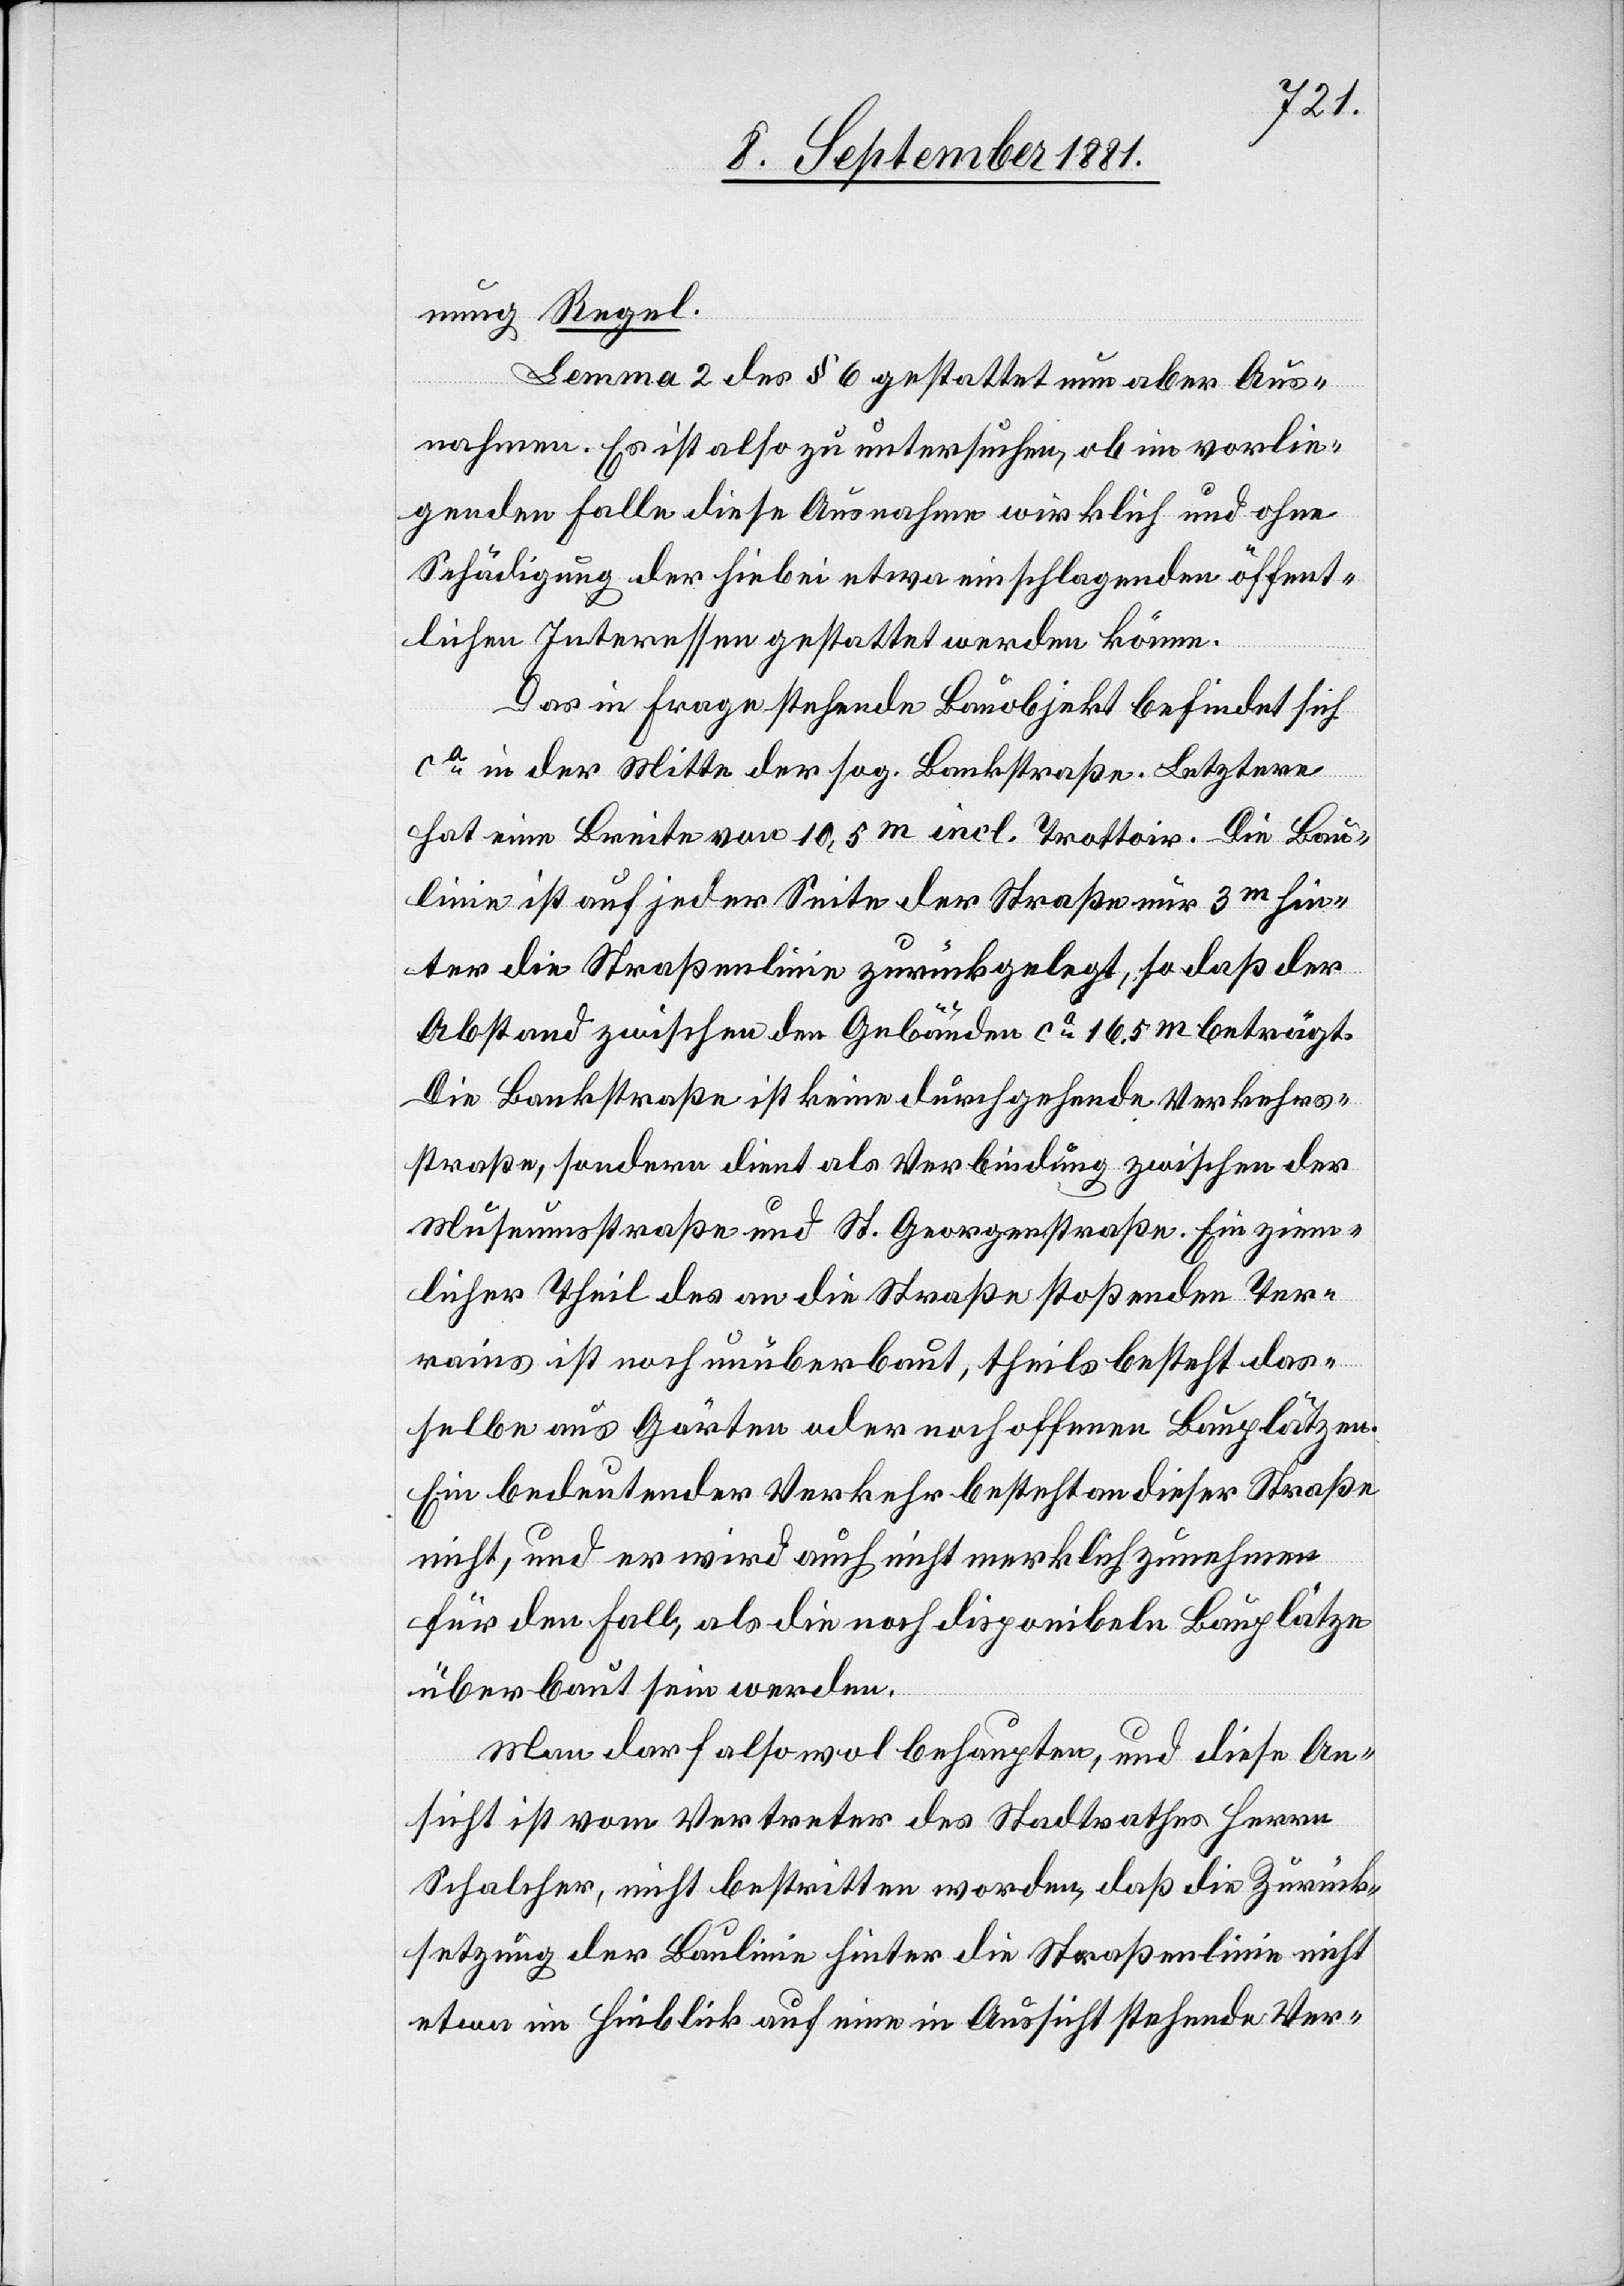
nung Regel.
Lemma 2 des § 6 gestattet nun aber Aus¬
nahmen. Es ist also zu untersuchen, ob im vorlie¬
genden Falle diese Ausnahme wirklich und ohne
Schädigung der hiebei etwa einschlagenden öffent¬
lichen Interessen gestattet werden könne.
Das in Frage stehende Bauobjekt befindet sich
ca in der Mitte der sog. Bankstraße. Letztere
hat eine Breite von 10,5m incl. Trottoir. Die Bau¬
linie ist auf jeder Seite der Straße nur 3m hin¬
ter die Straßenlinie zurückgelegt, so daß der
Abstand zwischen den Gebäuden ca 16,5m beträgt.
Die Bankstraße ist keine durchgehende Verkehrs¬
straße, sondern dient als Verbindung zwischen der
Museumsstraße und St. Georgenstraße. Ein ziem¬
licher Theil des an die Straße stoßenden Ter¬
rains ist noch unüberbaut, theils besteht das¬
selbe aus Gärten oder noch offenen Bauplätzen.
ein bedeutender Verkehr besteht an dieser Straße
nicht, und er wird auch nicht merklich zunehmen
für den Fall, als die noch disponibeln Bauplätze
überbaut sein werden.
Man darf also wol behaupten, und diese An¬
sicht ist vom Vertreter des Stadtrathes Herrn
Schalcher, nicht bestritten worden, daß die Zurück¬
setzung der Baulinie hinter die Straßenlinie nicht
etwa im Hinblick auf eine in Aussicht stehende Ver-